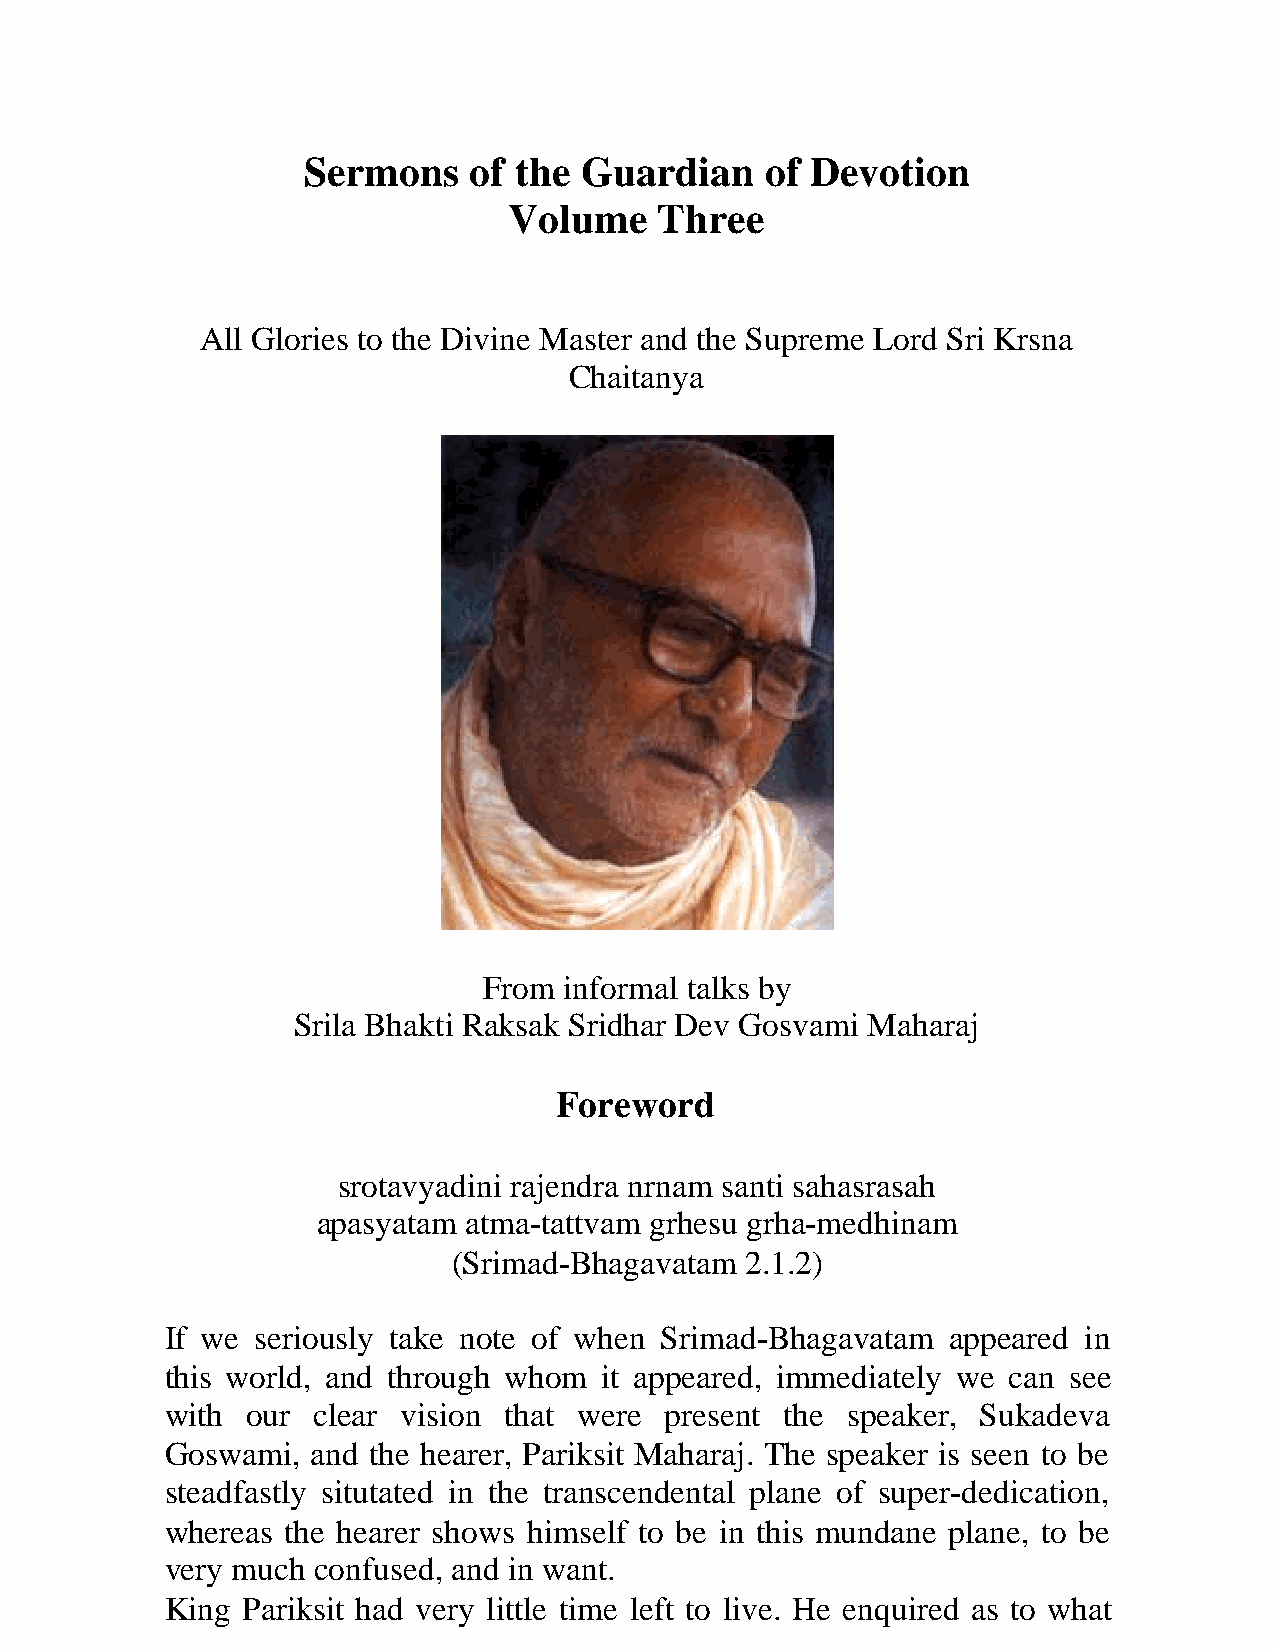
Sermons    of the Guardian     of Devotion
 Volume    Three
 All Glories to the Divine Master and the Supreme Lord Sri Krsna
 Chaitanya
 From informal talks by
 Srila Bhakti Raksak Sridhar Dev Gosvami Maharaj
 Foreword
 srotavyadini rajendra nrnam santi sahasrasah
 apasyatam atma-tattvam grhesu grha-medhinam
 (Srimad-Bhagavatam 2.1.2)
 If we seriously take note of when Srimad-Bhagavatam appeared in
 this world, and through whom it appeared, immediately we can see
 with our  clear vision that were present the speaker, Sukadeva
 Goswami,  and the hearer, Pariksit Maharaj. The speaker is seen to be
 steadfastly situtated in the transcendental plane of super-dedication,
 whereas the hearer shows himself to be in this mundane plane, to be
 very much confused, and in want.
 King Pariksit had very little time left to live. He enquired as to what